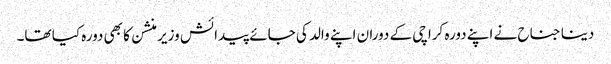
دینا جناح نے اپنے دورہ کراچی کے دوران اپنے والد کی جائے پیدائش وزیر منشن کا بھی دورہ کیا تھا۔